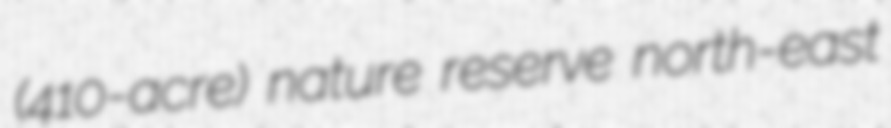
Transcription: (410-acre) nature reserve north-east